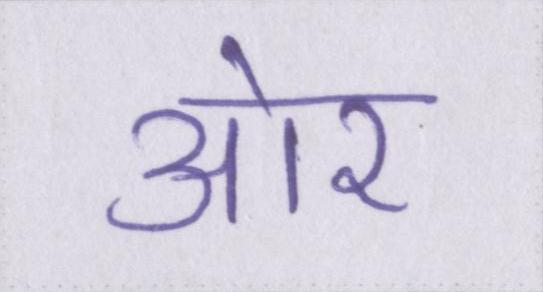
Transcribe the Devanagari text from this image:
आ॓र